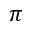
\pi